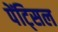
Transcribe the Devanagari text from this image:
पेंट्सिल